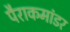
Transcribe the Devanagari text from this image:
पैराकमांडर